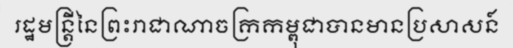
រដ្ឋមន្ត្រីនៃព្រះរាជាណាចក្រកម្ពុជាបានមានប្រសាសន៍